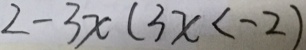
2 - 3 x ( 3 x < - 2 )